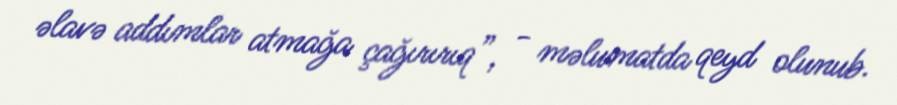
əlavə addımlar atmağa çağırırıq”, - məlumatda qeyd olunub.